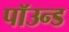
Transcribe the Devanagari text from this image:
पॉउन्ड